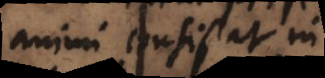
animi consistat in